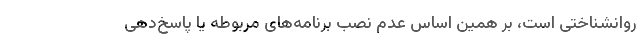
روانشناختی است، بر همین اساس عدم نصب برنامه‌های مربوطه یا پاسخ‌دهی